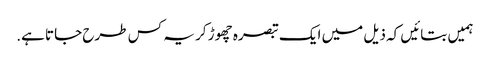
ہمیں بتائیں کہ ذیل میں ایک تبصرہ چھوڑ کر یہ کس طرح جاتا ہے.